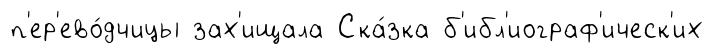
п'ер'ево́дчицы зах'ищала Ска́зка б'ибл'иограф'ическ'их